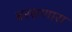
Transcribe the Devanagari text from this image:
बरसणारा